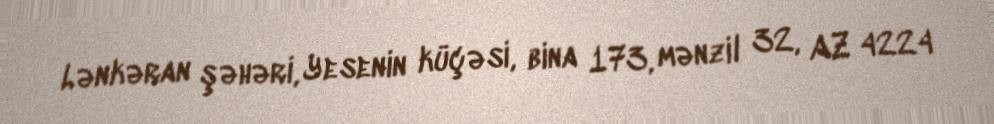
Lənkəran şəhəri, Yesenin küçəsi, bina 173, mənzil 32, AZ 4224